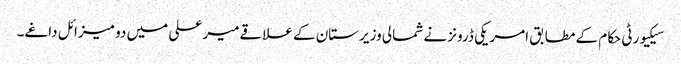
سیکیورٹی حکام کے مطابق امریکی ڈرونز نے شمالی وزیرستان کے علاقےمیر علی میں دو میزائل داغے۔